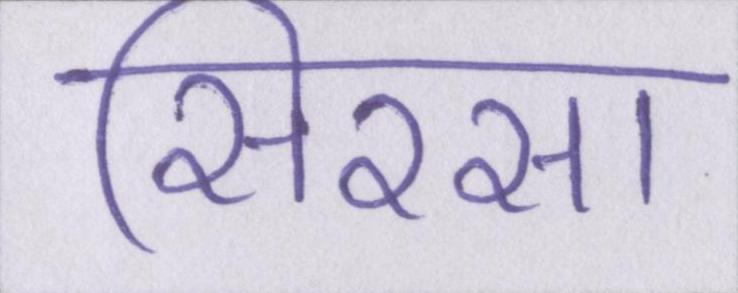
सिरसा